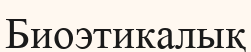
Биоэтикалық